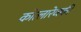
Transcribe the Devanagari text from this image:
कोत्लारेव्स्की